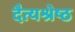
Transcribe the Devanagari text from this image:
दैत्यश्रेष्ठ